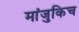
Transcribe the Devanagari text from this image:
मांजुकिच